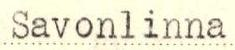
Savonlinna